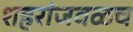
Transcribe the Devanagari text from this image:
शहरांजवळच